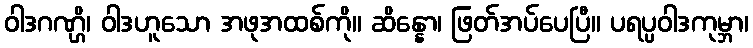
ဝါဒဂဏ္ဌိ၊ ဝါဒဟူသော အဖုအထစ်ကို။ ဆိန္နော၊ ဖြတ်အပ်ပေပြီ။ ပရပ္ပဝါဒကုမ္ဘာ၊